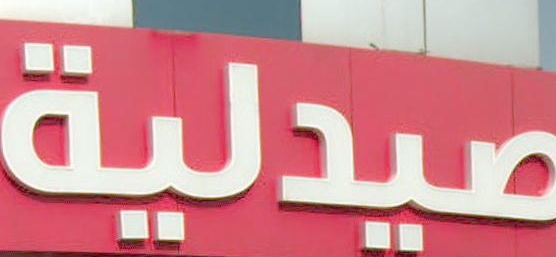
صيدلية